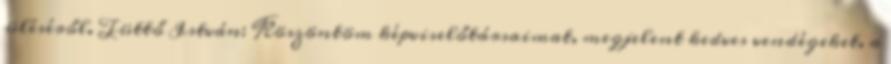
üléséről. Tüttő István: Köszöntöm képviselőtársaimat, megjelent kedves vendégeket, a